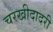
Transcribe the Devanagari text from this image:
चरखीदादरी